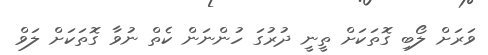
ވަރަށް ލޯބި ގޮތަކަށް ތީނީ ދުރުގަ ހުންނަން ކެތް ނުވާ ގޮތަކަށް ލަވް